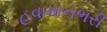
હવામાનભરી